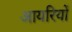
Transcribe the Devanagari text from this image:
आयरियों